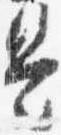
是